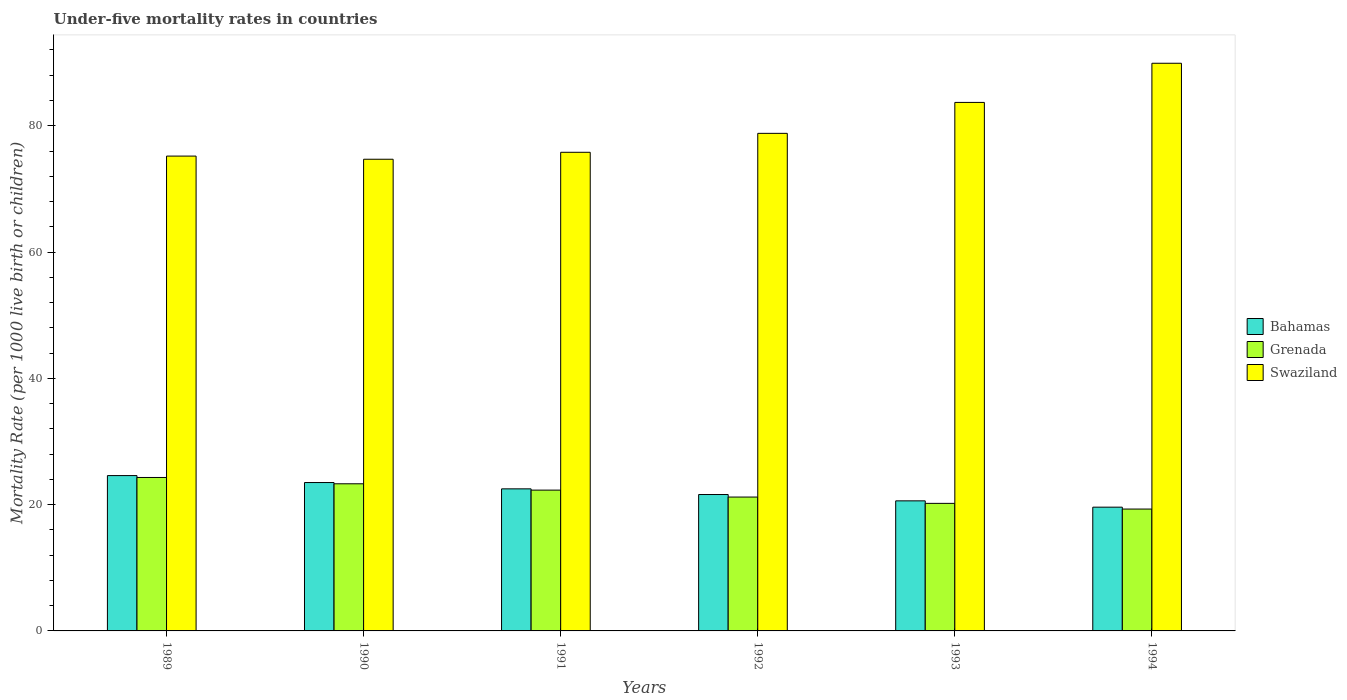
| Years | Bahamas | Grenada | Swaziland |
 | --- | --- | --- | --- |
 | 1989 | 24.6 | 24.3 | 75.2 |
 | 1990 | 23.5 | 23.3 | 74.7 |
 | 1991 | 22.5 | 22.3 | 75.8 |
 | 1992 | 21.6 | 21.2 | 78.8 |
 | 1993 | 20.6 | 20.2 | 83.7 |
 | 1994 | 19.6 | 19.3 | 89.9 |